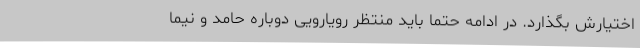
اختیارش بگذارد. در ادامه حتما باید منتظر رویارویی دوباره حامد و نیما